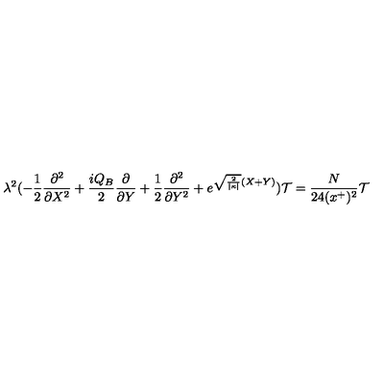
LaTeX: \lambda ^ { 2 } ( - \frac { 1 } { 2 } \frac { \partial ^ { 2 } } { \partial X ^ { 2 } } + \frac { i Q _ { B } } { 2 } \frac { \partial } { \partial Y } + \frac { 1 } { 2 } \frac { \partial ^ { 2 } } { \partial Y ^ { 2 } } + e ^ { \sqrt { \frac { 2 } { | \kappa | } } ( X + Y ) } ) { \cal T } = \frac { N } { 2 4 ( x ^ { + } ) ^ { 2 } } { \cal T }